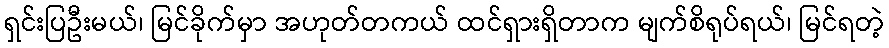
ရှင်းပြဦးမယ်၊ မြင်ခိုက်မှာ အဟုတ်တကယ် ထင်ရှားရှိတာက မျက်စိရုပ်ရယ်၊ မြင်ရတဲ့